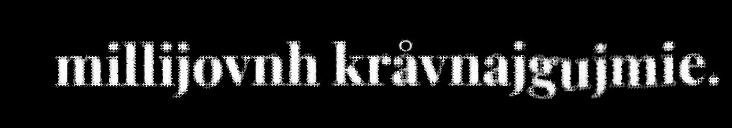
millijovnh kråvnajgujmie.